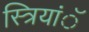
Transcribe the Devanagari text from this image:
स्त्रियांॅ